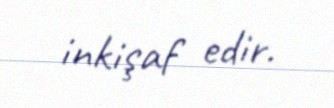
inkişaf edir.